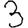
Digit: 3